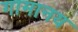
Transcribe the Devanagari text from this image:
गामानय